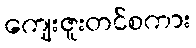
ကျေးဇူးတင်စကား